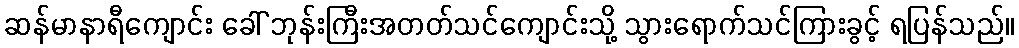
ဆန်မာနာရီကျောင်း ခေါ် ဘုန်းကြီးအတတ်သင်ကျောင်းသို့ သွားရောက်သင်ကြားခွင့် ရပြန်သည်။